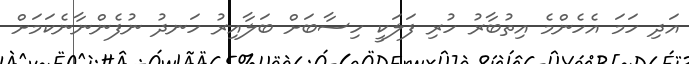
އަދި ހަމަ އެހެންމެ އިތުބާރު ހުރި ފަލަކީ ހިސާބަށް ބަލާއިރު ހަނދު ނުފެންނާނެކަމަށް